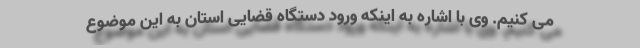
می کنیم. وی با اشاره به اینکه ورود دستگاه قضایی استان به این موضوع